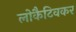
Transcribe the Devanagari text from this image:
लोकैटिवकर